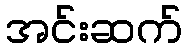
အင်းဆက်